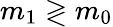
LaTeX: m_{1}\gtrless m_{0}